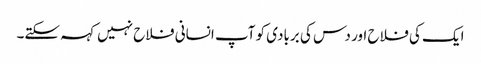
ایک کی فلاح اور دس کی بربادی کو آپ انسانی فلاح نہیں کہہ سکتے۔